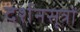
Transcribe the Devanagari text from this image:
दर्शनसूत्रों